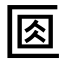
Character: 𠤽